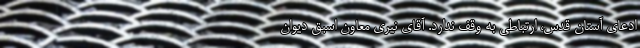
ادعای آستان قدس، ارتباطی به وقف ندارد. آقای نیری معاون اسبق دیوان